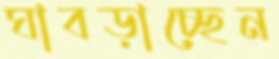
ঘাবড়াচ্ছেন